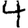
Digit: 4